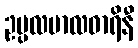
ဥပ္ပလမာလဓာရိနီ